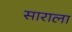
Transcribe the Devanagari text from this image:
साराला